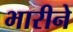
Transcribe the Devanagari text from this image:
भारीने